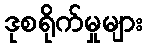
ဒုစရိုက်မှုများ